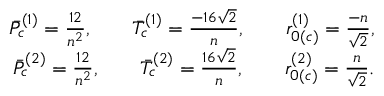
\begin{array} { r } { \Bar { P } _ { c } ^ { ( 1 ) } = \frac { 1 2 } { n ^ { 2 } } , \; \; \; \; \; \; \; \Bar { T } _ { c } ^ { ( 1 ) } = \frac { - 1 6 \sqrt { 2 } } { n } , \; \; \; \; \; \; \; r _ { 0 ( c ) } ^ { ( 1 ) } = \frac { - n } { \sqrt { 2 } } , } \\ { \Bar { P } _ { c } ^ { ( 2 ) } = \frac { 1 2 } { n ^ { 2 } } , \; \; \; \; \; \; \; \Bar { T } _ { c } ^ { ( 2 ) } = \frac { 1 6 \sqrt { 2 } } { n } , \; \; \; \; \; \; \; r _ { 0 ( c ) } ^ { ( 2 ) } = \frac { n } { \sqrt { 2 } } . } \end{array}